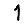
Digit: 1